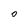
Character: 0